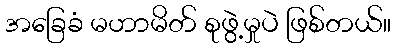
အခြေခံ မဟာမိတ် စုဖွဲ့မှုပဲ ဖြစ်တယ်။